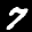
Label: 7